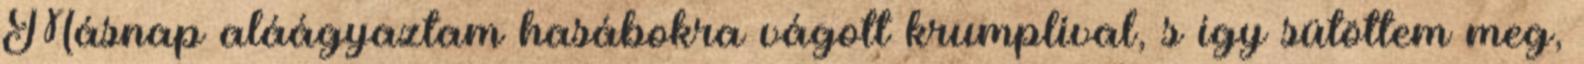
Másnap aláágyaztam hasábokra vágott krumplival, s így sütöttem meg,